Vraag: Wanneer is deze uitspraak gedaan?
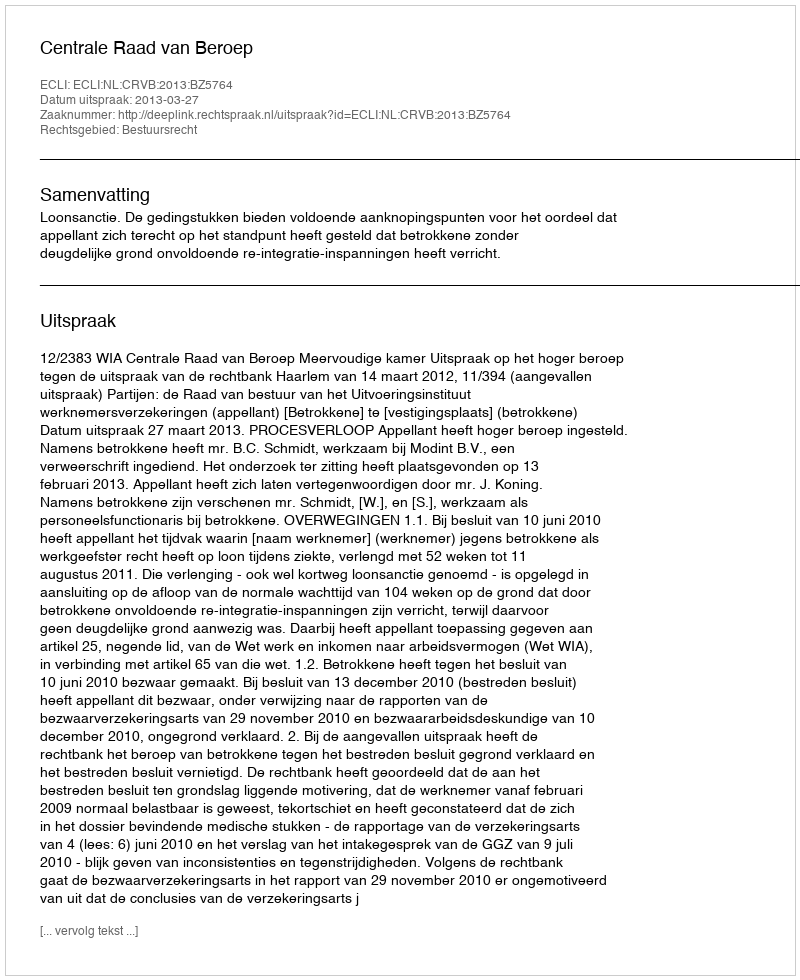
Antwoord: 2013-03-27